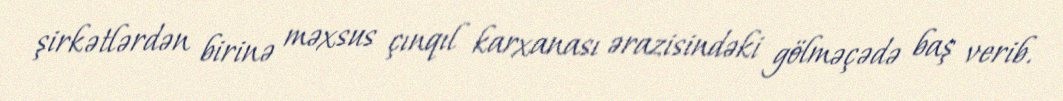
şirkətlərdən birinə məxsus çınqıl karxanası ərazisindəki gölməçədə baş verib.